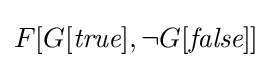
F[G[{\textit {true}}],\lnot G[{\textit {false}}]]